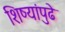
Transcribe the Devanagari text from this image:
शिष्यांपुढे